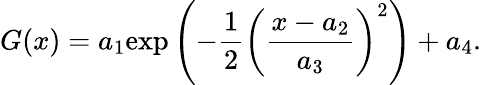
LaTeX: G(x)=a_{1}\textrm{exp}\left(-\frac{1}{2}\left(\frac{x-a_{2}}{a_{3}}\right)^{2}\right)+a_{4}.